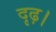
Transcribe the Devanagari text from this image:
दृढ़।